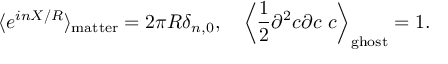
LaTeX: \langle e ^ { i n X / R } \rangle _ { \mathrm { m a t t e r } } = 2 \pi R \delta _ { n , 0 } , \quad \left\langle \frac { 1 } { 2 } \partial ^ { 2 } c \partial c \ c \right\rangle _ { \mathrm { g h o s t } } = 1 .